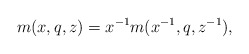
\begin{align*} m(x,q,z)=x^{-1} m(x^{-1}, q, z^{-1}),\end{align*}